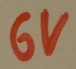
Text: 6V